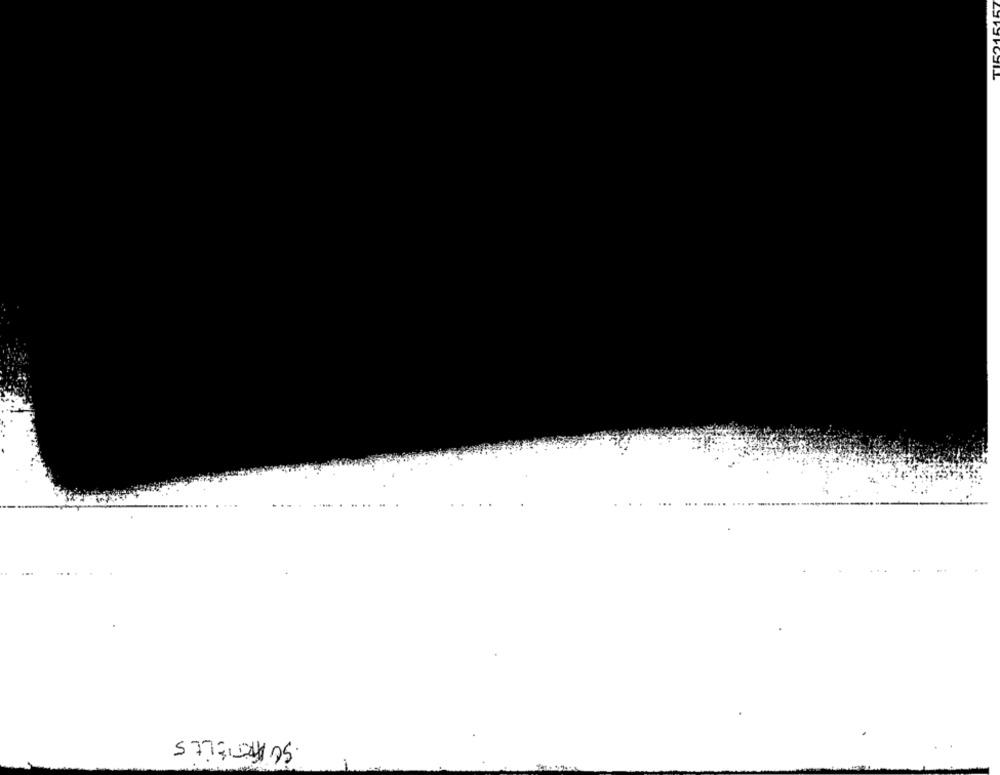
TI
57704/05.